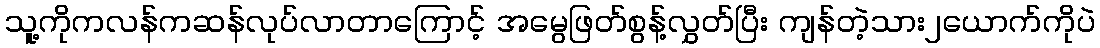
သူ့ကိုကလန်ကဆန်လုပ်လာတာကြောင့် အမွေဖြတ်စွန့်လွှတ်ပြီး ကျန်တဲ့သား၂ယောက်ကိုပဲ